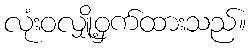
လုံးဝလျှို့ဝှက်ထားသည်။